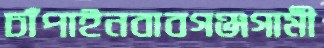
চাঁপাইনবাবগঞ্জগামী